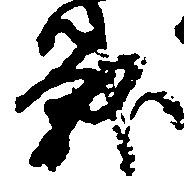
戦